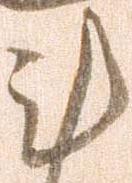
計